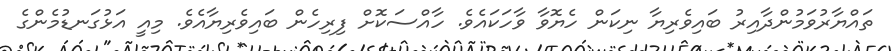
ތައްޔާރުވަމުންދާއިރު ބައިވެރިޔާ ނިކަން ހެޔޮވާ ވާހަކައެވެ. ހާއްސަކޮށް ފިރިހެން ބައިވެރިޔާއެވެ. މިއީ އަޅުގަނޑުމެންގެ